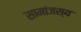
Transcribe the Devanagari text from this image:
सामांजस्य